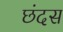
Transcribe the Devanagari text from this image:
छंदस